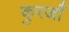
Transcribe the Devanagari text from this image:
कुरजाँ